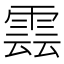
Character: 𮦖